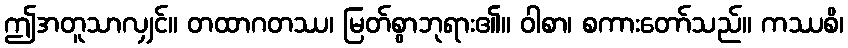
ဤအတူသာလျှင်။ တထာဂတဿ၊ မြတ်စွာဘုရား၏။ ဝါစာ၊ စကားတော်သည်။ ကဿစိ၊